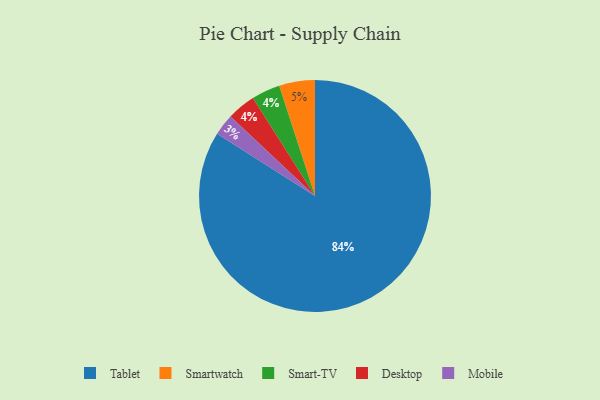
{"axis": {"x": "Category", "y": "Percentage"}, "legend": ["Desktop", "Mobile", "Smart-TV", "Smartwatch", "Tablet"], "data": [{"x": "Smartwatch", "y": 5, "type": "Smartwatch"}, {"x": "Tablet", "y": 84, "type": "Tablet"}, {"x": "Smart-TV", "y": 4, "type": "Smart-TV"}, {"x": "Desktop", "y": 4, "type": "Desktop"}, {"x": "Mobile", "y": 3, "type": "Mobile"}]}